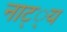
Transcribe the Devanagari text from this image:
नाट््य